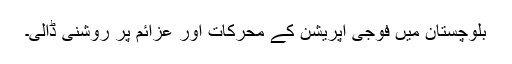
بلوچستان میں فوجی آپریشن کے محرکات اور عزائم پر روشنی ڈالی۔